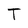
Character: T